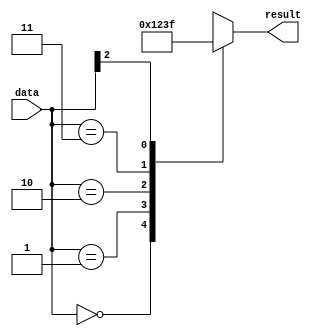
module casez_example (
    input wire [2:0] data,
    output reg [3:0] result
);

always @* begin
    casez(data)
        3'b000: result = 4'b0000;
        3'b001: result = 4'b0001;
        3'b010: result = 4'b0010;
        3'b011: result = 4'b0011;
        3'b1??: result = 4'b1111;
        default: result = 4'b0000;
    endcase
end

endmodule